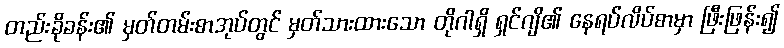
တည်းခိုခန်း၏ မှတ်တမ်းစာအုပ်တွင် မှတ်သားထားသော တိုဂါရှိ ရှင်ဂျိ၏ နေရပ်လိပ်စာမှာ ဖြီးဖြန်း၍